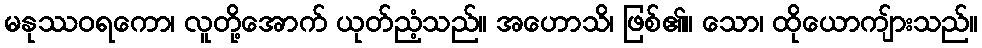
မနုဿဝရကော၊ လူတို့အောက် ယုတ်ညံ့သည်။ အဟောသိ၊ ဖြစ်၏။ သော၊ ထိုယောကျ်ားသည်။